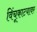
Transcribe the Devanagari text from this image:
विंचूकाटयावर